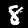
Digit: 8